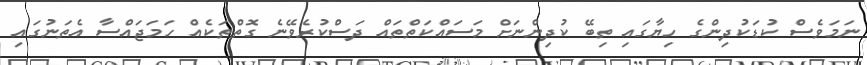
ނަމަވެސް ކުޑަކުދިންގެ ހިޔާގައި ތިބޭ ކުދިންނަށް މަސައްކަތްތައް ދަސްކުރެވޭނެ ގޮތްތަކެއް ހަމަޖައްސާ އެތަނުގައި